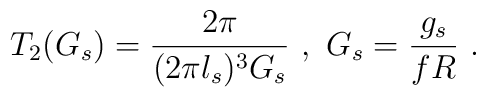
T_2(G_s)=\frac{2\pi}{(2\pi l_s)^3 G_s}\ ,\ G_s=\frac{g_s}{fR}\ .